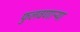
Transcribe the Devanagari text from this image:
फुलवणाऱ्या